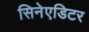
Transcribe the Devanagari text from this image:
सिनेएडिटर